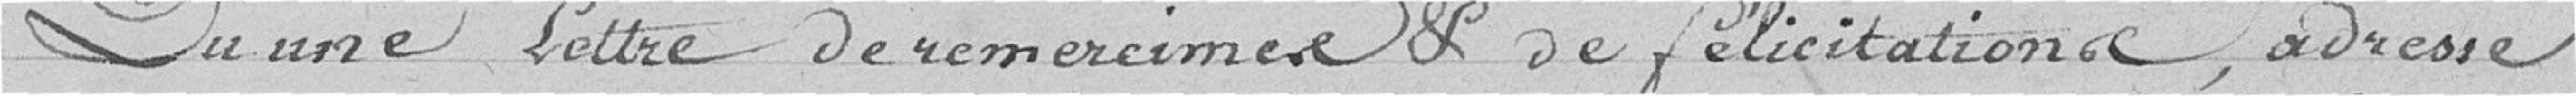
Qu'une lettre de remerciements et de félicitations, adressé